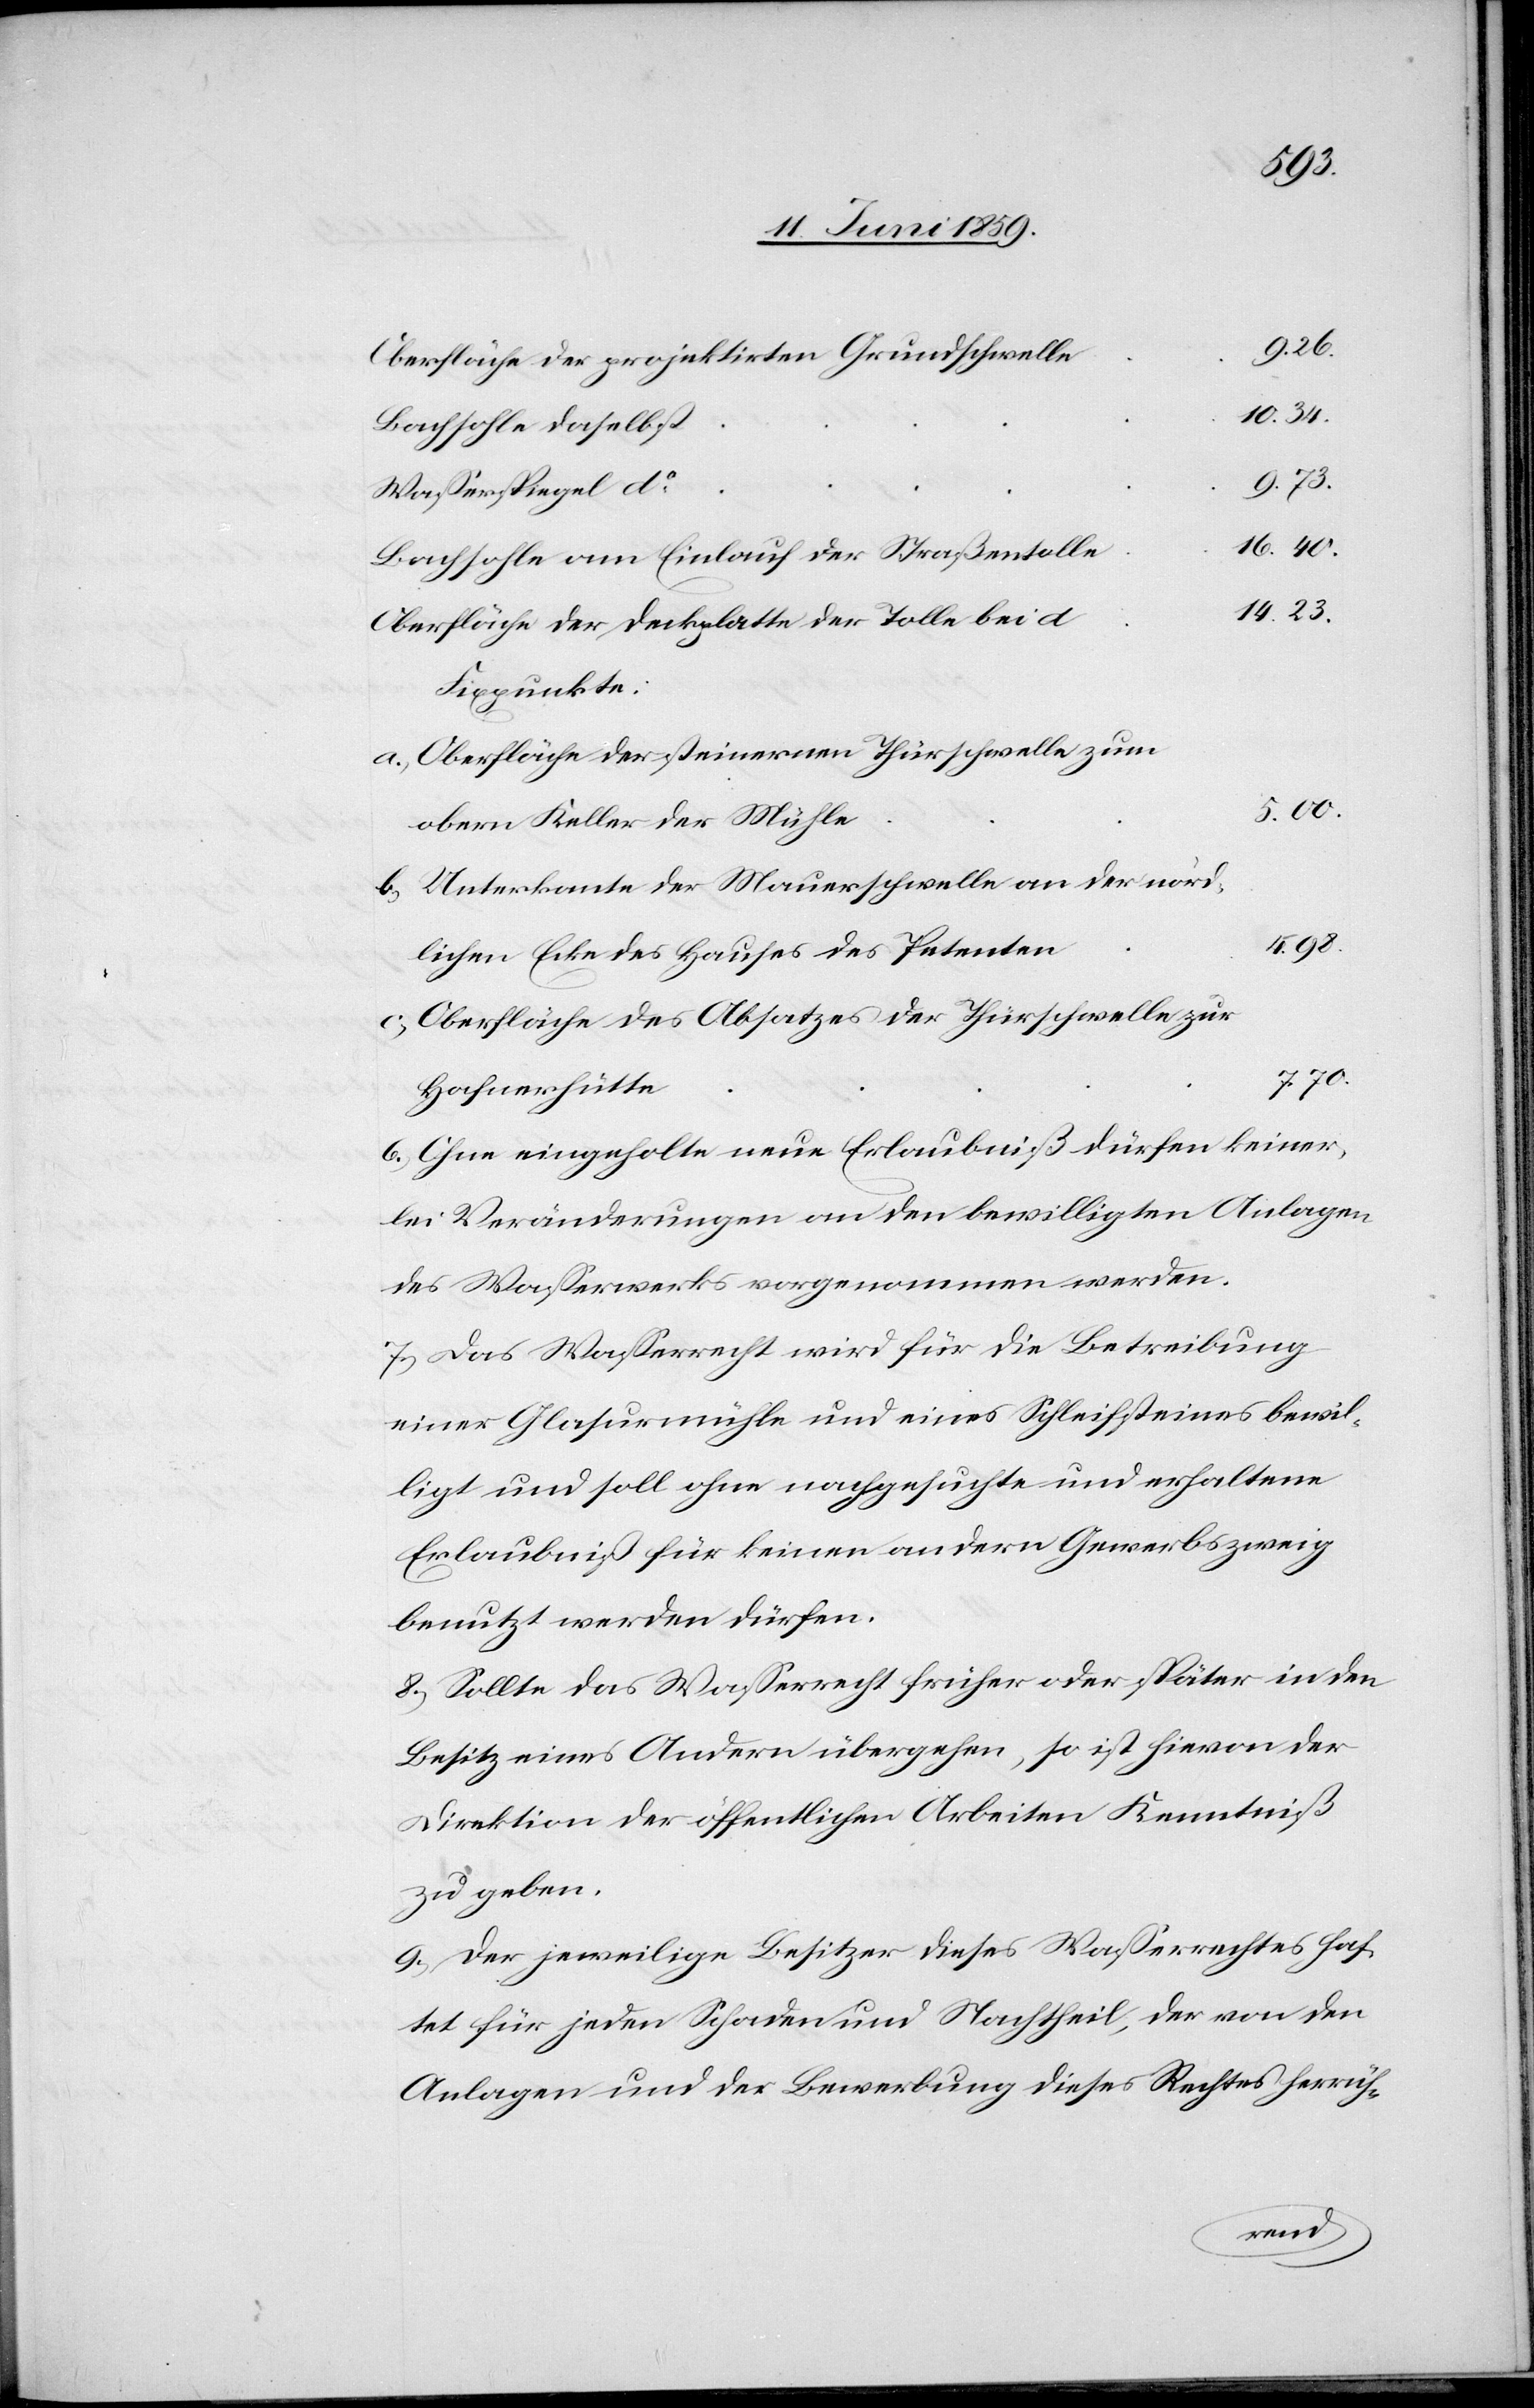
10.34
9.26
Oberfläche der projektirten Grundschwelle
Bachsohle daselbst
Wasserspiegel do
Bachsohle am Einlauf der Straßentolle
14.23
Oberfläche der Dachplatte der Tolle bei d
Figurpunkte:
a) Oberfläche der steinernen Thürschwelle zum
obern Keller der Mühle
b) Unterkante der Mauerschwelle an der nörd¬
4.98
lichen Ecke des Hauses des Petenten
c) Oberfläche des Absatzes der Thürschwelle zur
7.70
Hafnerhütte
6) Ohne eingeholte neue Erlaubniß dürfen keiner¬
lei Veränderungen an den bewilligten Anlagen
des Wasserwerks vorgenommen werden.
7) Das Wasserrecht wird für die Betreibung
einer Glasurmühle und eines Schleifsteines bewil¬
ligt und soll ohne nachgesuchte und erhaltene
Erlaubniß für keinen andern Gewerbszweig
benutzt werden dürfen.
8) Sollte das Wasserrecht früher oder später in den
Besitz eines Andern übergehen, so ist hievon der
Direktion der öffentlichen Arbeiten Kenntniß
zu geben.
9) Der jeweilige Besitzer dieses Wasserrechtes haf¬
tet für jeden Schaden und Nachtheil, der von den
Anlagen und der Bewerbung dieses Rechtes herrüh-